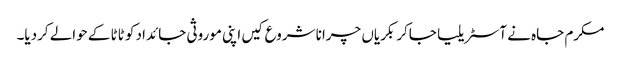
مکرم جاہ نے آسٹریلیا جاکر بکریاں چرانا شروع کیں اپنی موروثی جائداد کو ٹاٹا کے حوالے کردیا۔